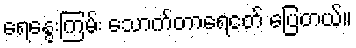
ရေနွေးကြမ်း သောက်တာရေငတ် ပြေတယ်။